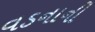
વડનાની